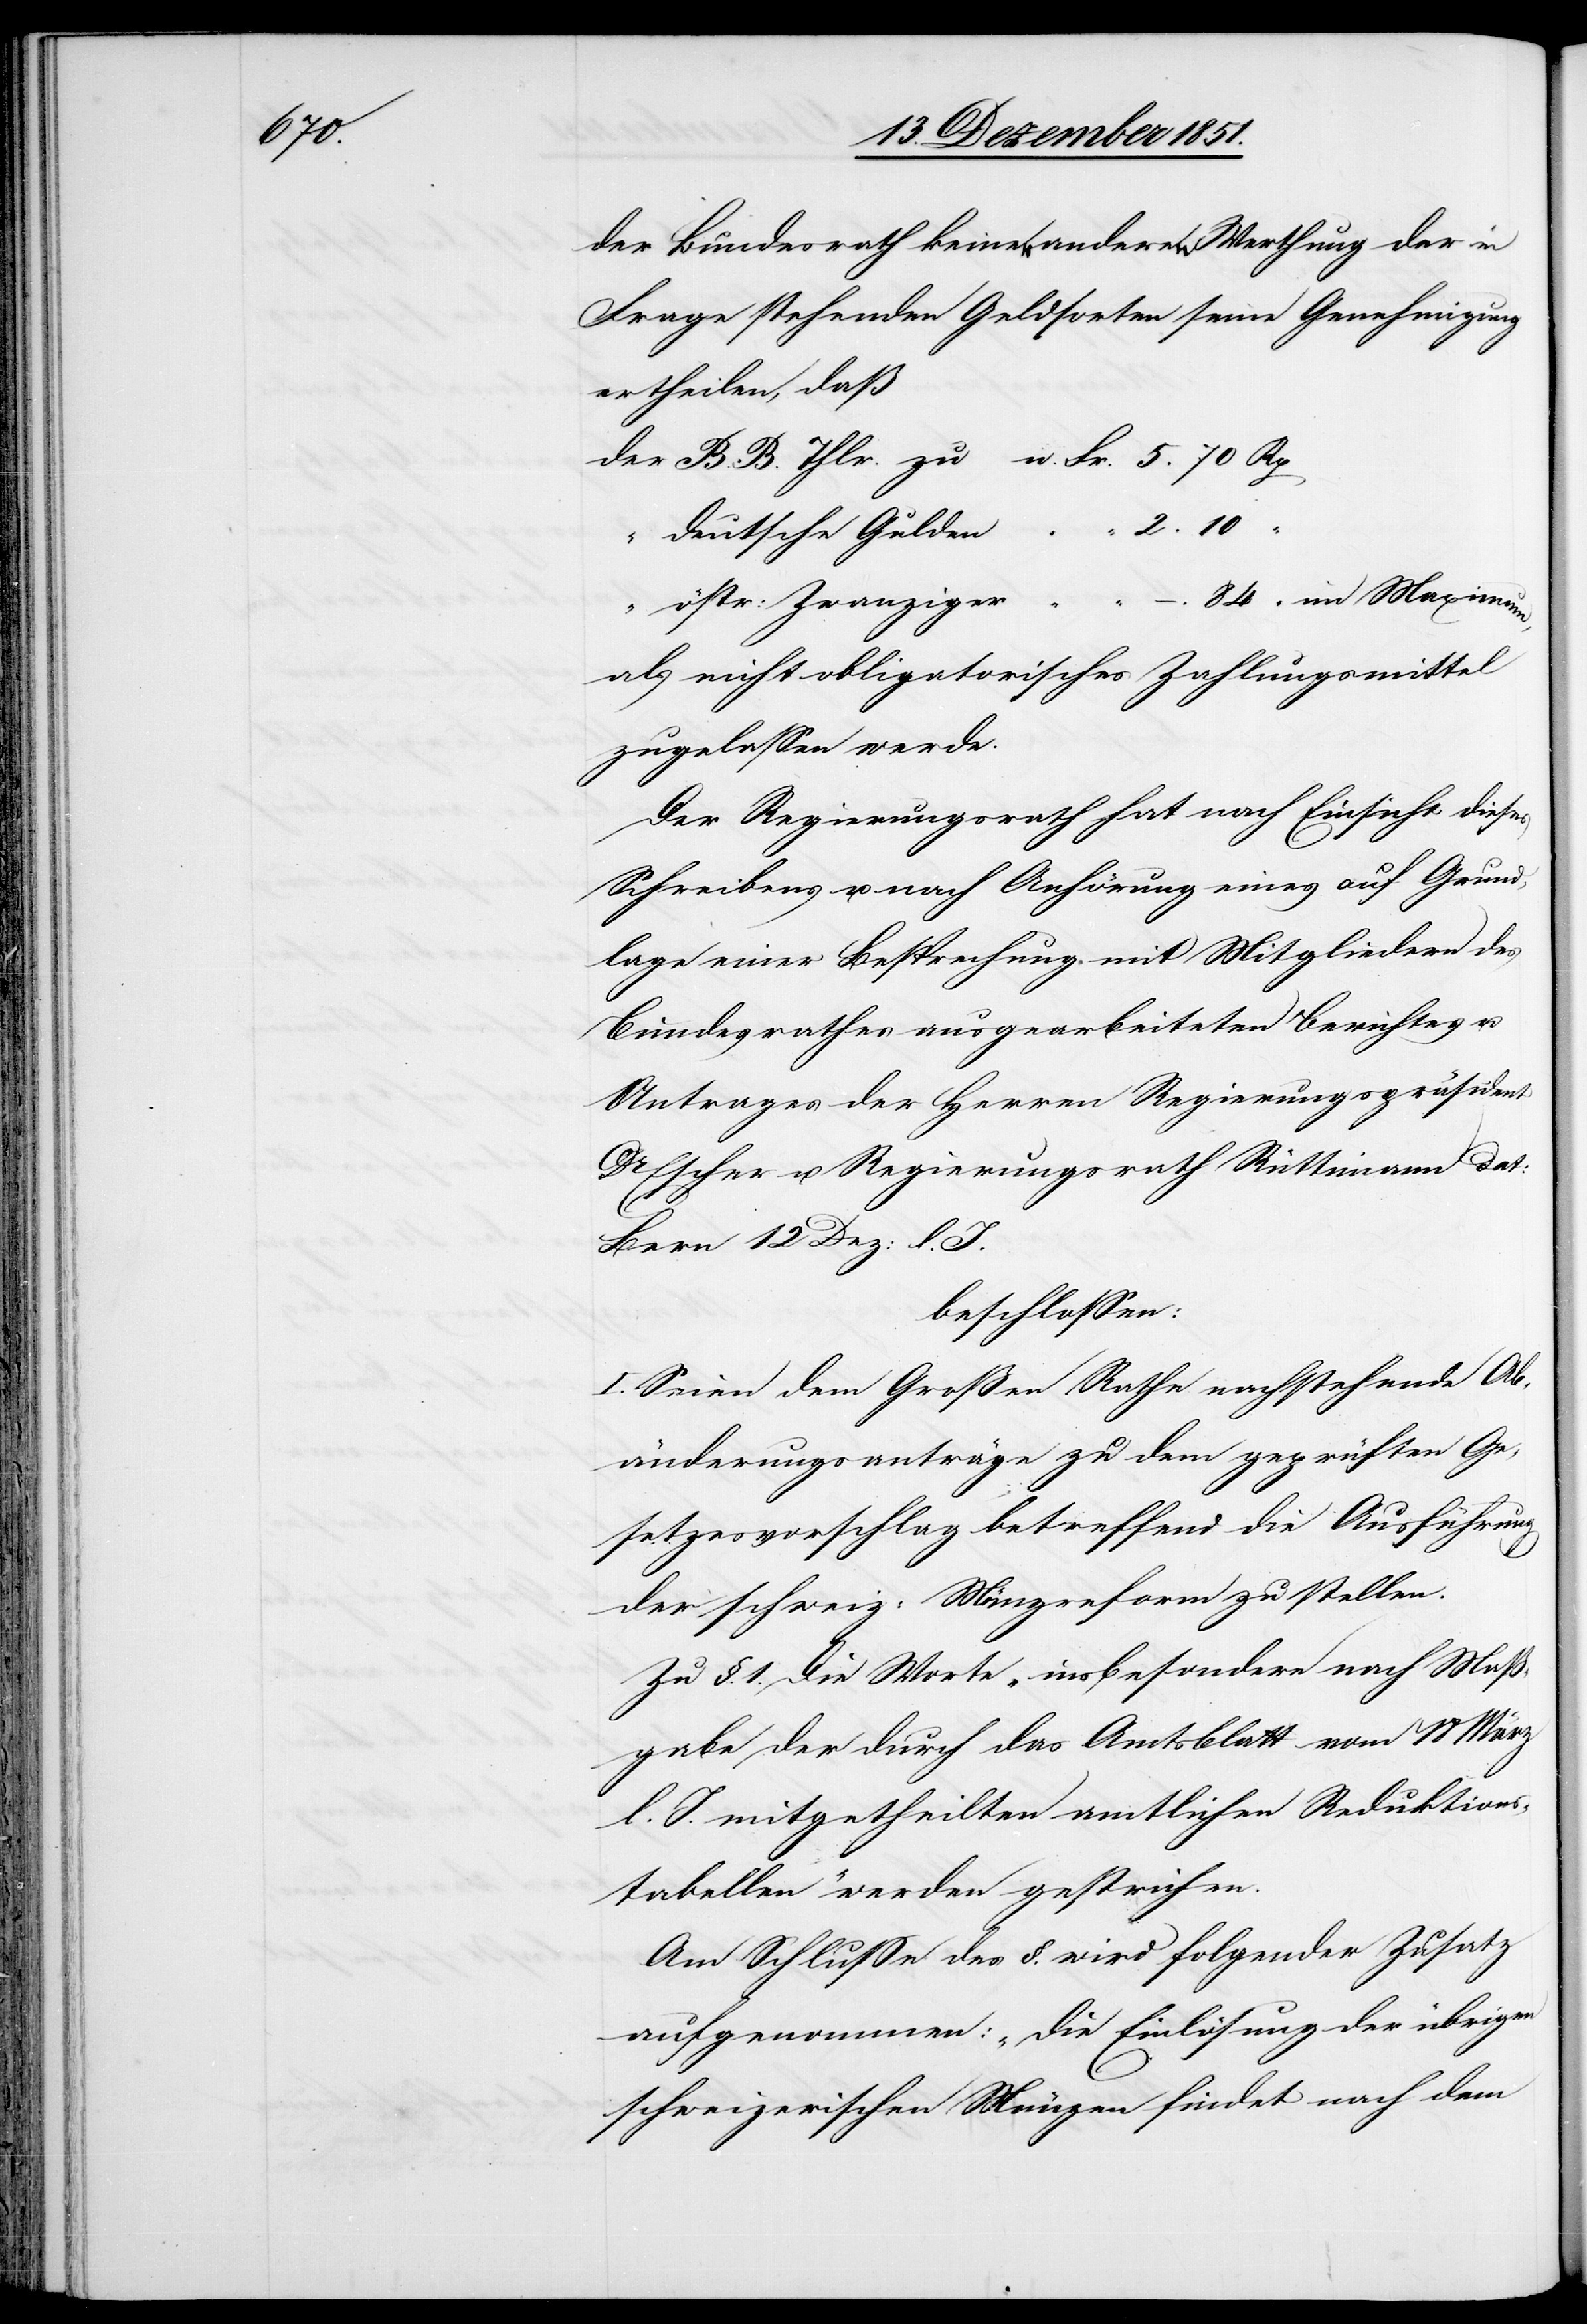
10

der Bundesrath keiner anderen Werthung der in
Frage stehenden Geldsorten seine Genehmigung
ertheilen, daß
deutsche Gulden
84 “ im Maximum,
östr: Zwanziger
zugelassen werde.
Der Regierungsrath hat nach Einsicht dieses
Schreibens u. nach Anhörung eines auf Grund¬
lage einer Besprechung mit Mitgliedern des
Bundesrathes ausgearbeiteten Berichtes u.
Antrages der Herren Regierungspräsident
Dr. Escher u. Regierungsrath Rüttimann dat:
Bern 12 Dez: l.
beschlossen:
I. Seien dem Großen Rathe nachstehende Ab¬
änderungsanträge zu dem geprüften Ge¬
setzesvorschlag betreffend die Ausführung
der schweiz: Münzreform zu stellen.
Zu §. 1. Die Worte „insbesondere nach Maß¬
gabe der durch das Amtsblatt vom 18 März
l. J. mitgetheilten amtlichen Reduktions¬
tabellen“ werden gestrichen.
Am Schlusse des §. wird folgender Zusatz
aufgenommen: „Die Einlösung der übrigen
schweizerischen Münzen findet nach dem